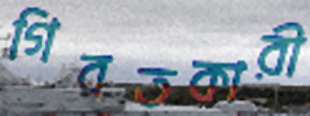
গিবতকারী